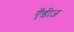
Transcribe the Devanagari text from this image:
एँडीज़